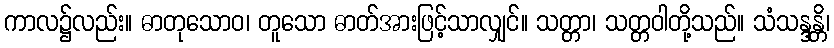
ကာလ၌လည်း။ ဓာတုသောဝ၊ တူသော ဓာတ်အားဖြင့်သာလျှင်။ သတ္တာ၊ သတ္တဝါတို့သည်။ သံသန္ဒန္တိ၊